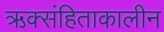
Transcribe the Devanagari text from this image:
ऋक्संहिताकालीन